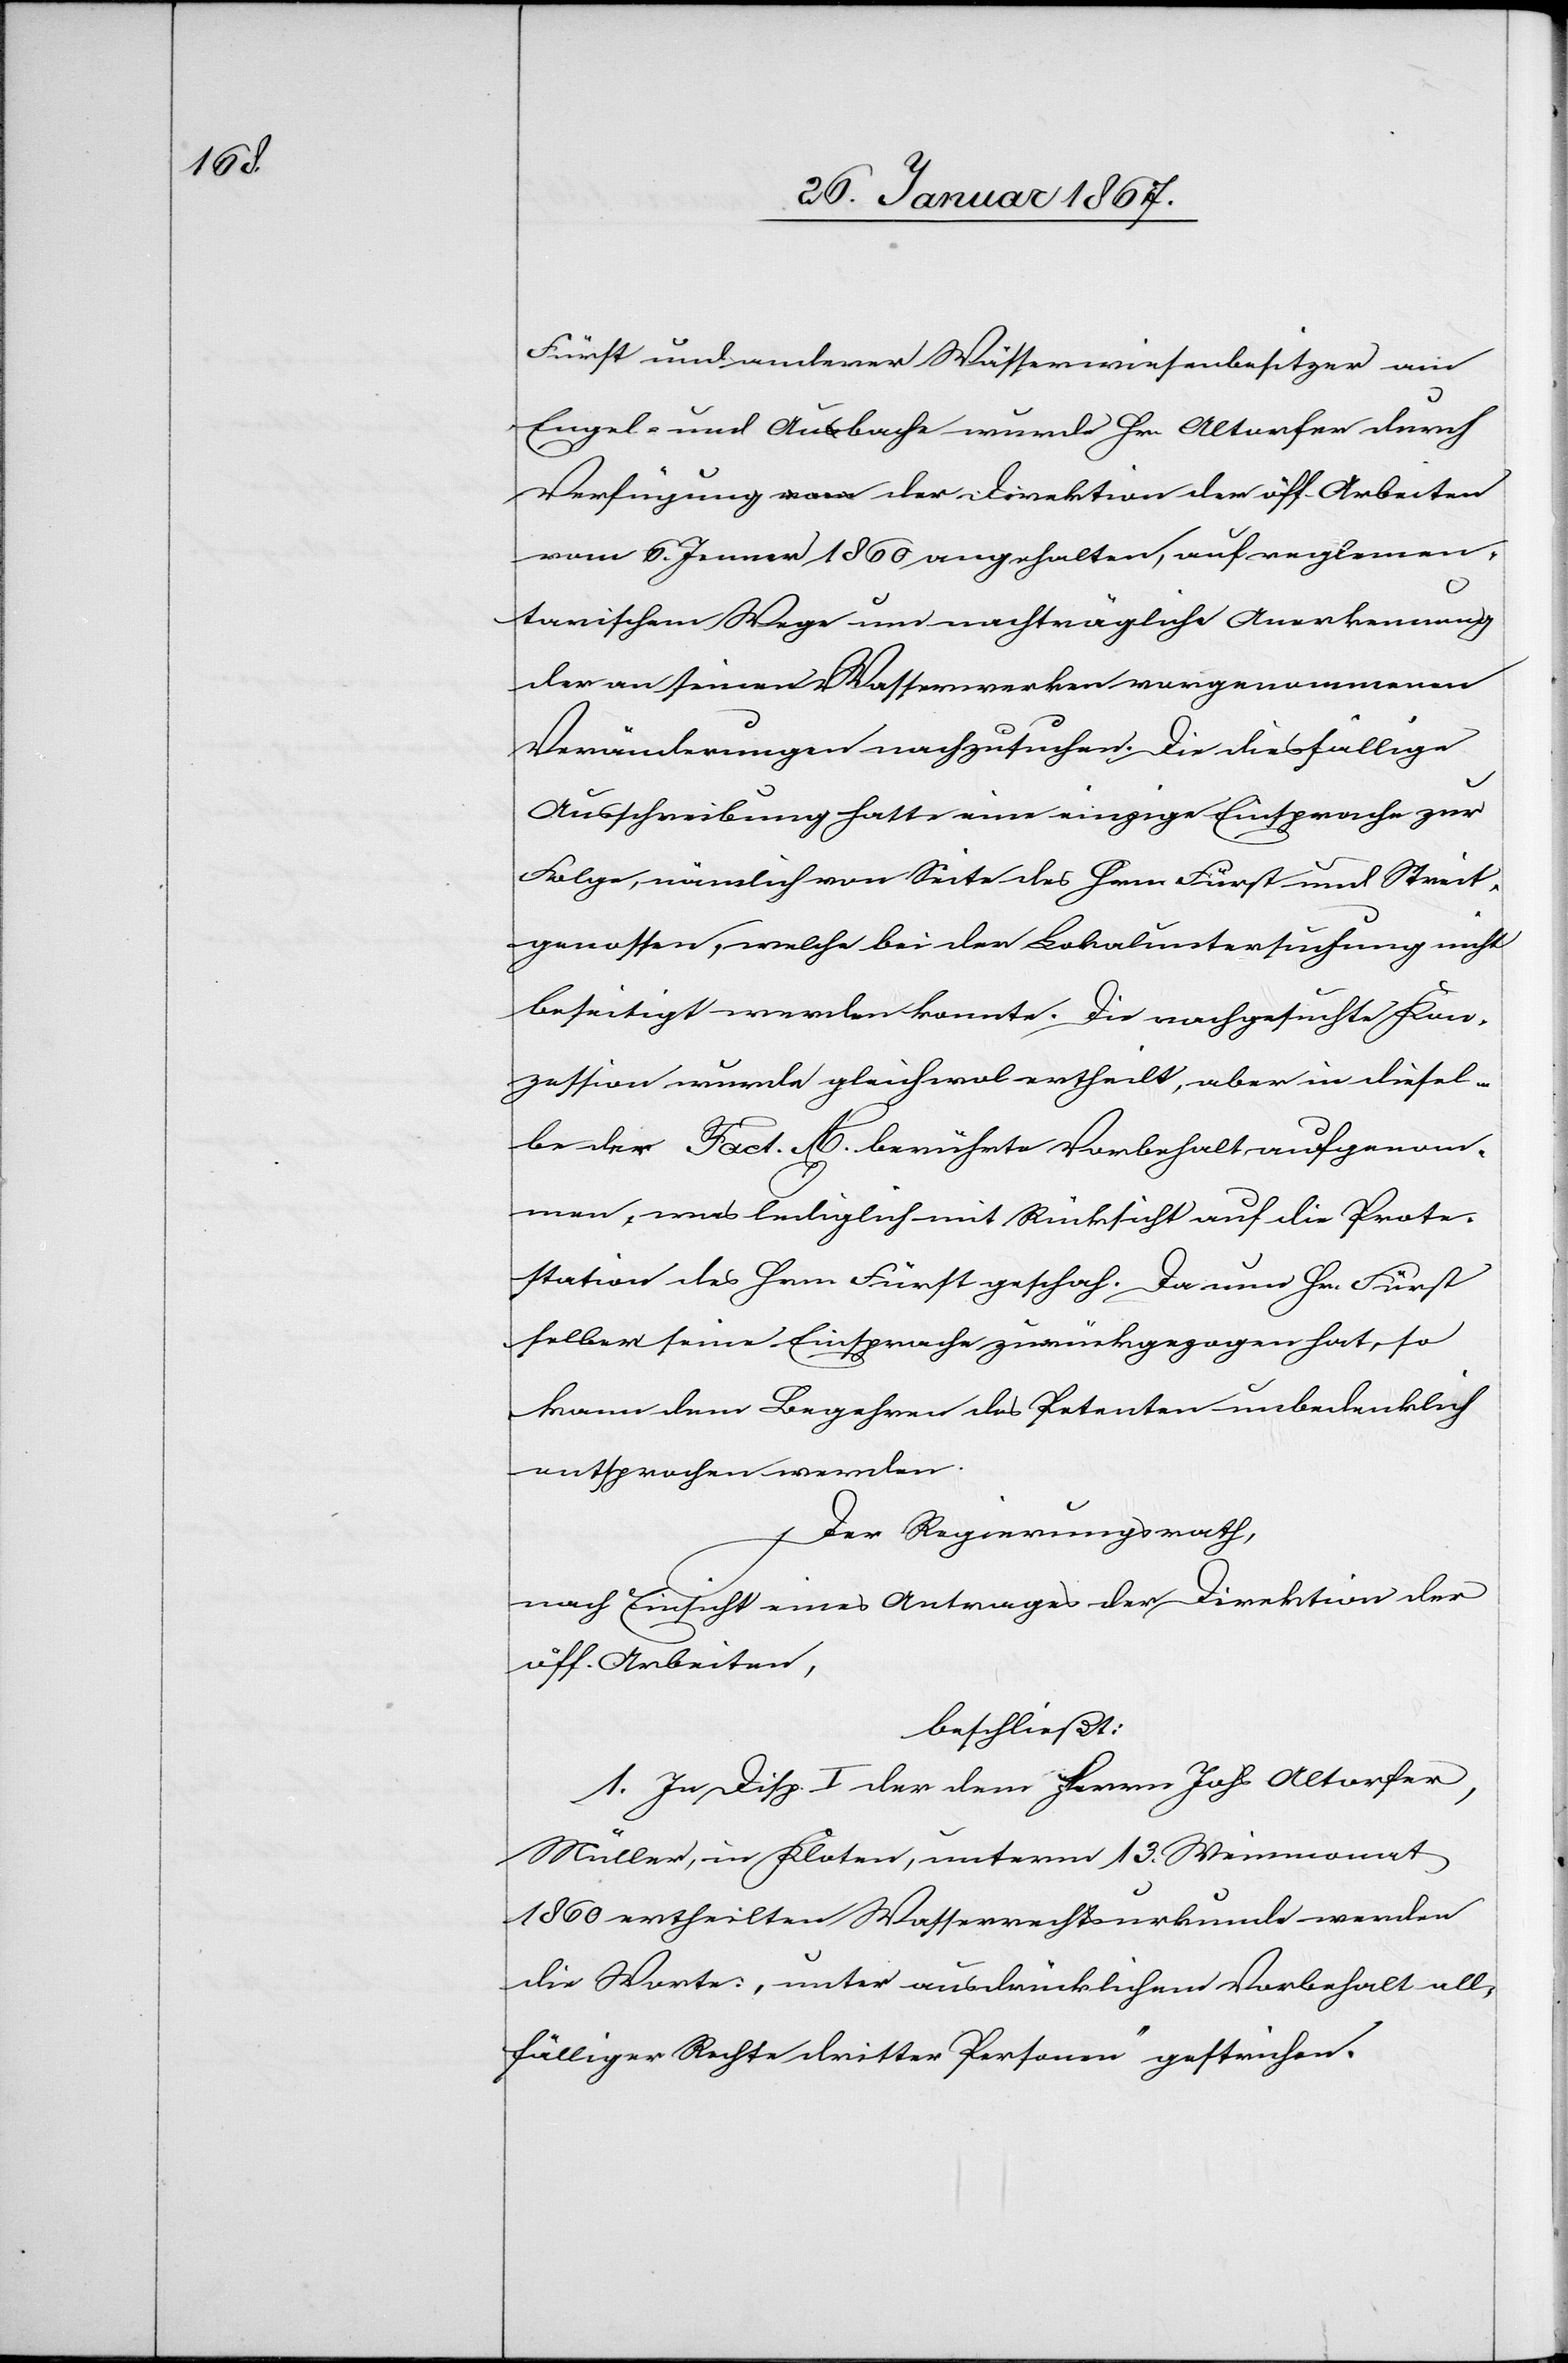
Fürst und anderer Wasserwiesenbesitzer am
Engel- und Ausbach wurde Hr. Altorfer durch
Verfügung der Direktion der öff. Arbeiten
vom 6. Jenner 1860 angehalten, auf reglemen¬
tarischem Wege um nachträgliche Anerkennung
der an seinen Wasserwerken vorgenommenen
Veränderungen nachzusuchen. Die diesfällige
Ausschreibung hatte eine einzige Einsprache zur
Folge, nämlich von Seite des Herr Fürst und Streit¬
genossen, welche bei der Lokaluntersuchung nicht
beseitigt werden konnte. Die nachgesuchte Kon¬
zession wurde gleichwol ertheilt, aber in diesel¬
be der Fact. A. berührte Vorbehalt aufgenom¬
men, was lediglich mit Rücksicht auf die Prote¬
station des Herr Fürst geschah. Da nun Hr. Fürst
selber seine Einsprache zurückgezogen hat, so
kann dem Begehren des Petenten unbedenklich
entsprochen werden.
Der Regierungsrath,
nach Einsicht eines Antrages der Direktion der
öff. Arbeiten,
beschließt:
1. In Disp. I der dem Herrn Joh. Altorfer,
Müller, in Kloten, unterm 13. Weinmonat
1860 ertheilten Wasserrechtsurkunde werden
die Worte „unter ausdrücklichem Vorbehalt all¬
fälliger Rechte dritter Personen“ gestrichen.